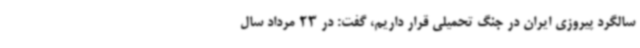
سالگرد پیروزی ایران در جنگ تحمیلی قرار داریم، گفت: در 23 مرداد سال